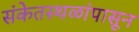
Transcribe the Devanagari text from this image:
संकेतस्थळांपासून